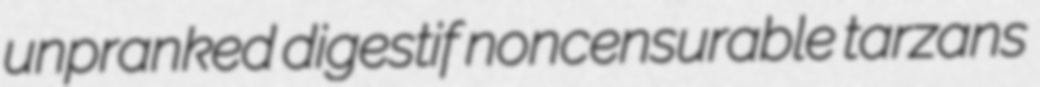
unpranked digestif noncensurable tarzans